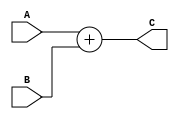
module MIPS_Adder #(parameter width = 32)
(
input wire 	[width-1:0] A,		
input wire 	[width-1:0] B,		
output wire 	[width-1:0] C
 );

assign C = A + B;

endmodule